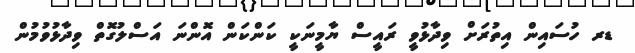
ޑރ ހުސައިން އިތުރަށް ވިދާޅުވީ ރައީސް ޔާމީނަކީ ކަންކަން އޮންނަ އަސްލުގޮތް ވިދާޅުވުމުން